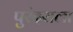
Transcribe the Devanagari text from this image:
पुरंदराला